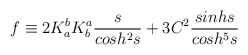
\begin{align*}f \equiv 2 K^b_a K^a_b \frac{s}{cosh^{2}s} + 3 C^2 \frac{sinh s}{cosh^{5}s}\end{align*}